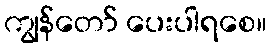
ကျွန်တော် ပေးပါရစေ။